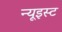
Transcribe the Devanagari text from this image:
न्यूइस्ट